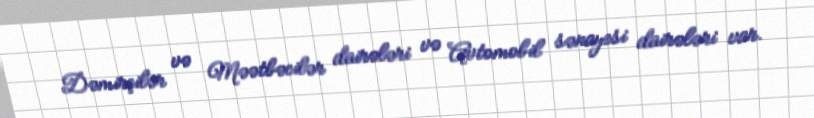
Dəmirçilər və Məətbəcilər dairələri və Avtomobil sənayesi dairələri var.